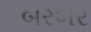
બરબર